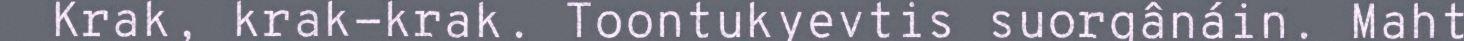
Krak, krak-krak. Toontukyevtis suorgânáin. Maht